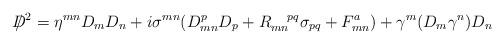
LaTeX: \begin{align*}/\hspace{-3mm} D^2=\eta^{mn}D_mD_n+i\sigma^{mn}(D^p_{mn}D_p+R_{mn}^{~~~pq}\sigma_{pq}+F^a_{mn})+\gamma^m(D_m\gamma^n)D_n\\\end{align*}